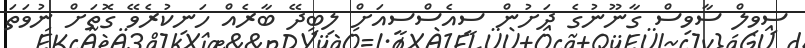
ސިވިލް ސާވިސް ގާނޫނުގެ ދަށުން ސީއެސްސީއަށް ލިބިދޭ ބާރެއް ހަނިކުރެވޭ ގޮތަށް ނުވަތަ